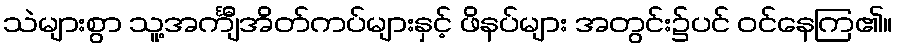
သဲများစွာ သူ့အင်္ကျီအိတ်ကပ်များနှင့် ဖိနပ်များ အတွင်း၌ပင် ဝင်နေကြ၏။